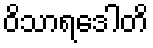
ဝိသာရဒေါတိ